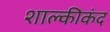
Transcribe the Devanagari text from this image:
शाल्कीकंद